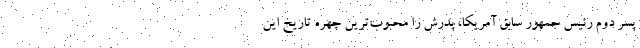
پسر دوم رئیس جمهور سابق آمریکا، پدرش را محبوب‌ترین چهره تاریخ این